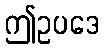
ဤဥပဒေ